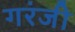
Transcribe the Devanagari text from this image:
गरंजी